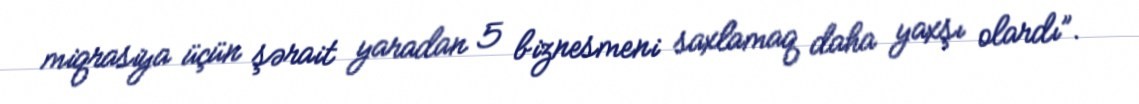
miqrasiya üçün şərait yaradan 5 biznesmeni saxlamaq daha yaxşı olardı”.